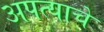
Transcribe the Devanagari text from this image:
अपत्याचे